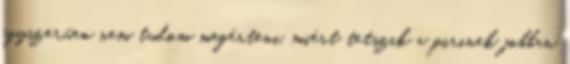
egyszerűen nem tudom megérteni, miért tetszik a pirinek jobban